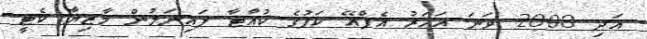
އަދި 2008 ވަނަ އަހަރު އެފްއޭ ކަޕުގެ ކުއާޓާ ފައިނަލުން މާޒިޔާ ކެޓީ